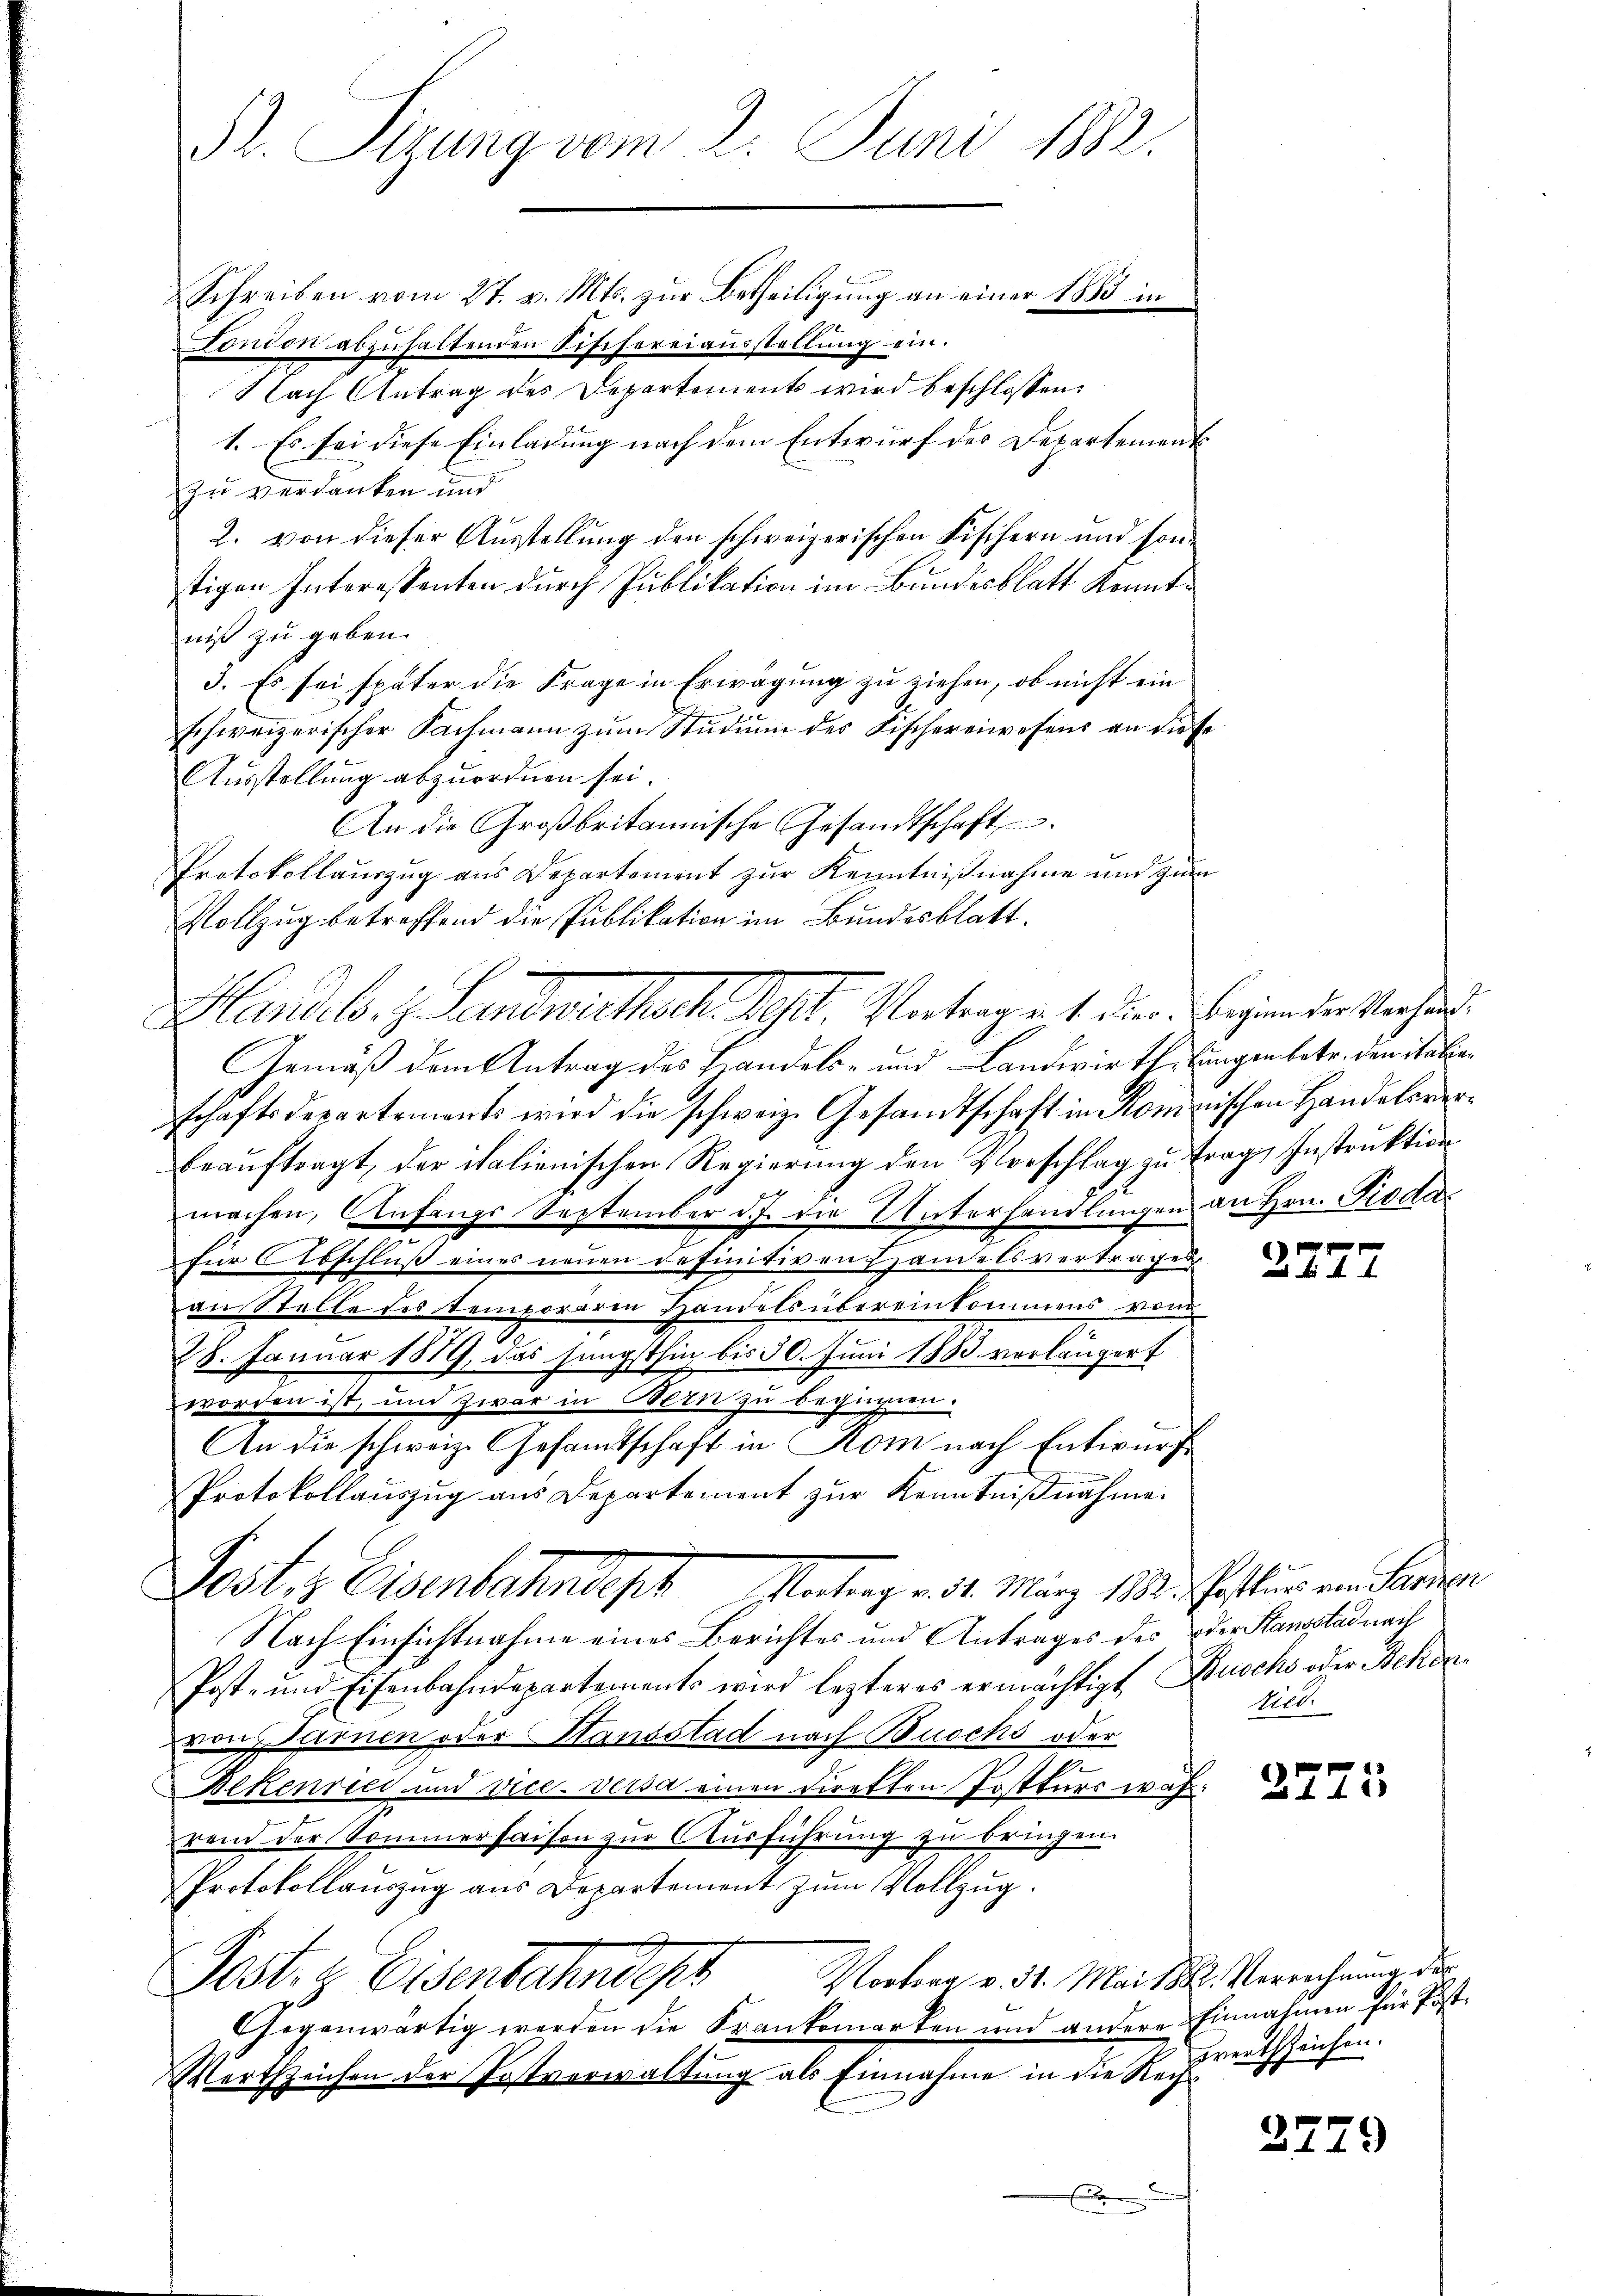
Schreiben vom 27. v. Mts. zur Betheiligung an einer 1883 in
Fondon abzuhaltenden Sischereiausstellung ein.
Nach Antrag des Departements wird beschlossen:
1. Es sei diese Einladung nach dem Entwurf des Departement
zu verdanken und
2. von dieser Ausstellung den schweizerischen Fischern und sonstigen Interessenten durch Publikation im Bundesblatt Kenntniß zu geben.
3. Es sei später die Frage in Erwägung zu ziehen, ob nicht ein
schweizerischer Fachmann zum Studium des Fischereiwesens an die Er¬
Ausstellung abzuordnen sei.
An die Großbritannische Gesandtschaft
Protokollauszug aus Departement zur Kenntnißnahme und zum
Vollzug betreffend die Publikation im Bundesblatt.
schaftsdepartements wird die schweiz. Gesandtschaft in Rominischen Handelsverbeaŭftragt, der italienischen Regierung den Vorschlag zu trage Instruktion
machen, Anfangs September d. J. die Unterhandlungen an Hrn. Pioda
für Abschluß eines neuen definitiven Handelsvertrages
au Stelle des temporären Handels übereinkommens vom
28. Januar 1879, das jüngsthin bis 30. Juni 1883 verlängert
worden ist, und zwar in Bern zu beginnen.
An die schweiz. Gesamtschaft in Kom nach Entwurf
Protokollauszug aus Departement zur Kenntnißnahme.
Lestes Eisenbahntest Antrag ad 1. März 184. Postum ein heren
Nach Einsichtnahme eines Berichtes und Antrages des oder Standstad nach
Post- und Eisenbahndepartements wird lezteres ermächtigt, Buschs oder Bekenvon Stirnen oder Standstad nach Buochs oder
n
Bekenrici und Vice-Versa einen diretten Postturs wahrend der Sommersaison zur Ausführung zu bringen.
Protokollauszug aus Departement zum Vollzug.
Vortrag v. 31. Mai 1882. Verrechnung des
Post. e. Eisenbahndepr
Gegenwärtig werden die Krankomerken und andere Einnahmen für Post-
Wartszeichen der Postverwaltung als Einnahme in die Recht verthezeichen.

Pr. Sirung vom 2. Juni 1882.

Handel. z. Landwirther Sept. Untergert der Begien der Sachen.
GGemäß dem Antrag des Handels- und Landwirtheilungen betr. den italien

27.

Nirt.

5
2115

2279